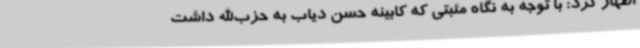
اظهار کرد: با توجه به نگاه مثبتی که کابینه حسن دیاب به حزب‌الله داشت